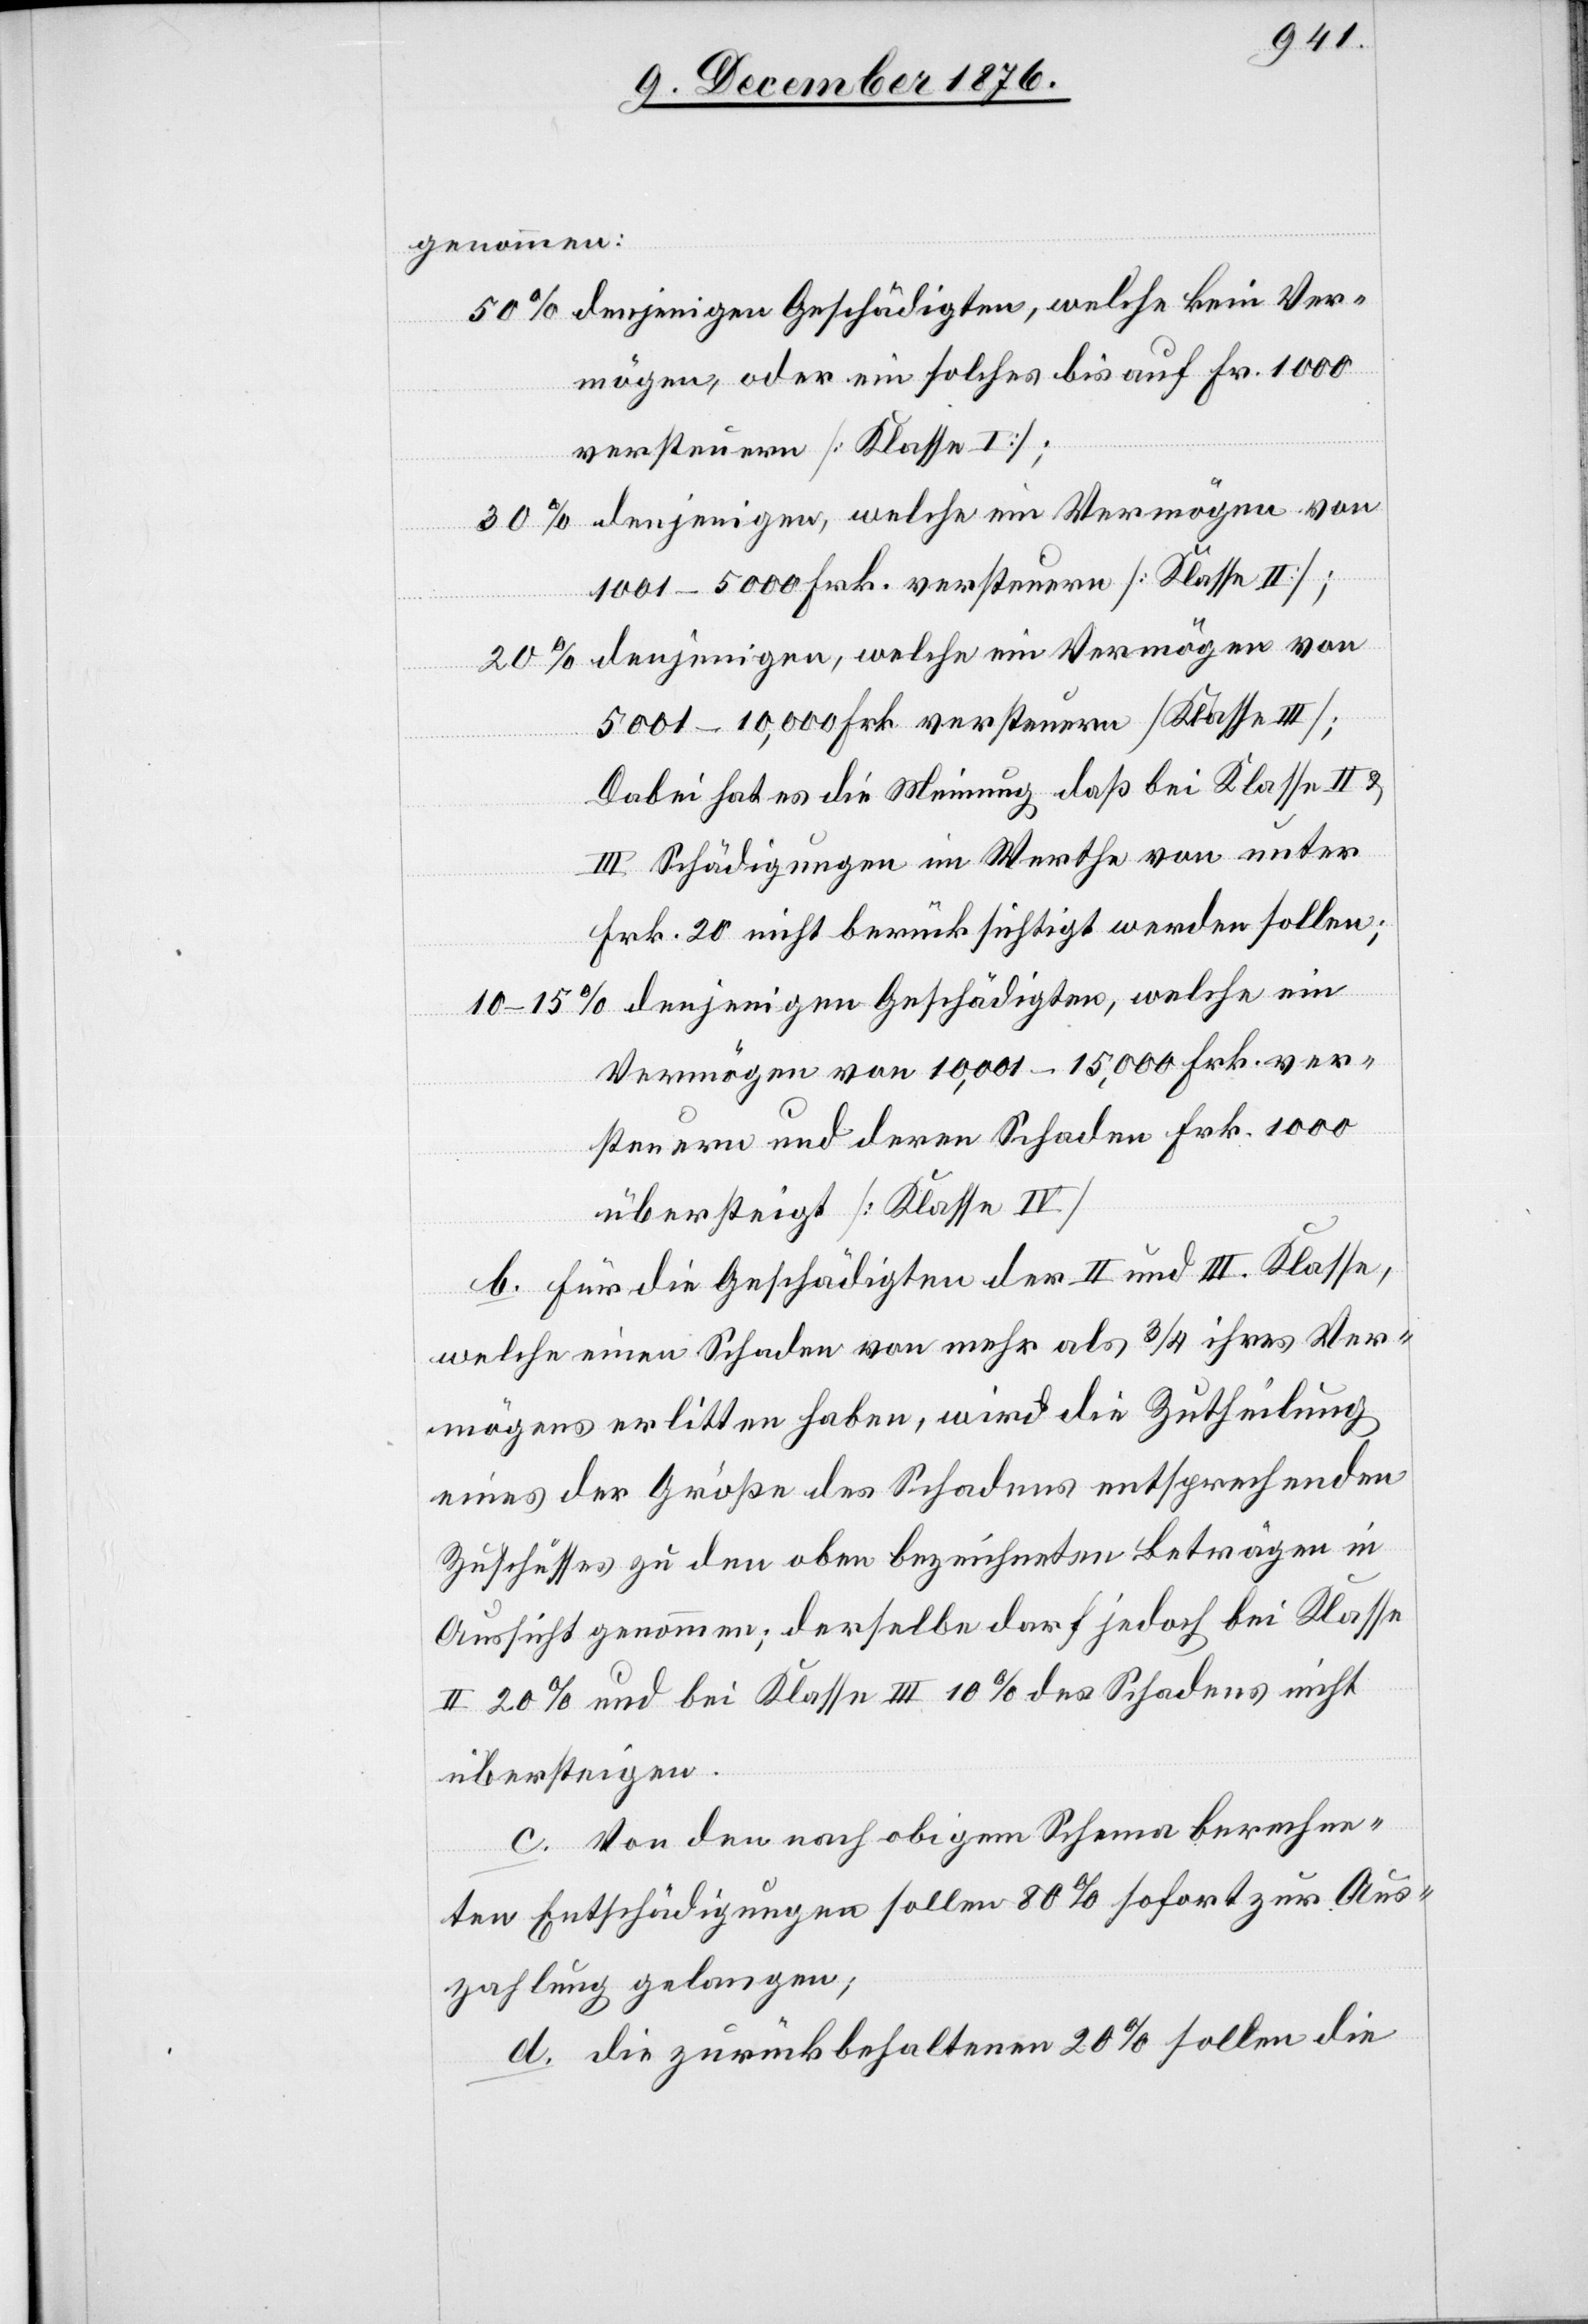
genommen:
50% denjenigen Geschädigten, welche kein Ver¬
mögen, oder ein solches bis auf Fr. 1000
versteuern [Klasse I];
30% denjenigen, welche Vermögen von
1001–5000 Frk. versteuern [Klasse II];
20% denjenigen, welche ein Vermögen von
5001–10,000 Frk. versteuern [Klasse III];
Dabei hat es die Meinung daß bei Klasse II &
III Schädigungen im Werthe von unter
Frk. 20 nicht berücksichtigt werden sollen;
denjenigen Geschädigten, welche ein
Vermögen von 10,001–15,000 Frk. ver¬
steuern und deren Schaden Frk. 1000
übersteigt [Klasse IV]
b. Für die Geschädigten der II. und III. Klasse,
welche einen Schaden von mehr als 3/4 ihres Ver¬
mögens erlitten haben, wird die Zutheilung
eines der Größe des Schadens entsprechenden
Zuschusses zu den oben bezeichneten Beträgen in
Aussicht genommen; derselbe darf jedoch bei Klasse
II 20% und bei Klasse III 10% des Schadens nicht
übersteigen.
c. Von den nach obigem Schema berechne¬
ten Entschädigungen sollen 80% sofort zur Aus¬
zahlung gelangen;
d. die zurückbehaltenen 20% sollen die